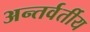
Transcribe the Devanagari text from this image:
अन्‍तर्वर्तीय